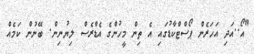
"އޯ..އަދި އަހަރެން ޕޯސްޓްކާޑުގައި އެ ތިން މީހުންގެ އެޑްރެސް ލިޔުނިން. ބޭނުން ކަމެއް